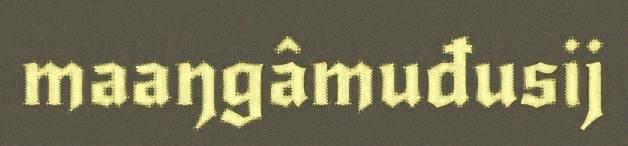
maaŋgâmuđusij